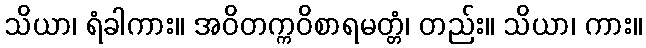
သိယာ၊ ရံခါကား။ အဝိတက္ကဝိစာရမတ္တံ၊ တည်း။ သိယာ၊ ကား။